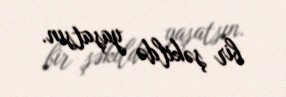
bir şəkildə yaşatsın.